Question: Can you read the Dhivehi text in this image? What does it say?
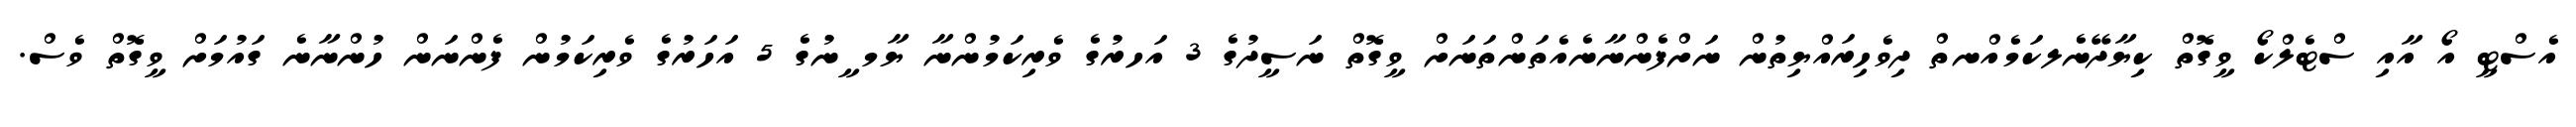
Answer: އެސްޓީ އޯ އާއި ސްޓެލްކޯ ވީގޮތް ކިޔާދޭނެލކަމެއްނތް ދިވެހިރައްޔިތުން ނަށްފެންނާނެއެތަންތަނަށް ވީގޮތް ނަސީދުގެ 3 އަހރުގެ ވެރިކަމުންނާ ޔާމ ީނުގެ 5 އަހަރުގެ ވެރިކަމުން ފެންނަން ހުންނާނެ ގައުމަށް ވީގޮތް ވެސް.